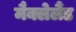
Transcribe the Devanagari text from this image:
मैक्लेलैंड